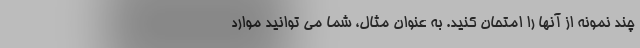
چند نمونه از آنها را امتحان کنید. به عنوان مثال، شما می توانید موارد